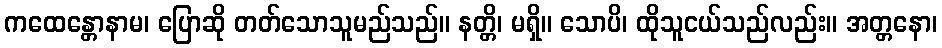
ကထေန္တောနာမ၊ ပြောဆို တတ်သောသူမည်သည်။ နတ္တိ၊ မရှိ။ သောပိ၊ ထိုသူငယ်သည်လည်း။ အတ္တနော၊